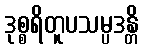
ဒုစ္စရိတူပသမ္ပဒန္တိ